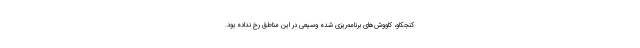
کنجکاو، کاووش‌های برنامه‌ریزی شده وسیعی در این مناطق رخ نداده بود.